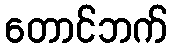
တောင်ဘက်